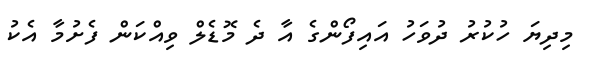
މިދިޔަ ހުކުރު ދުވަހު އައިފޯންގެ އާ ދެ މޮޑެލް ވިއްކަން ފެށުމާ އެކު